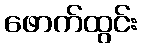
ဖောက်ထွင်း